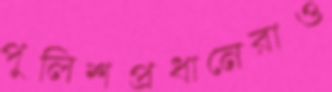
পুলিশপ্রধানেরাও